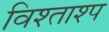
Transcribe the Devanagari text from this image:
विश्ताश्प